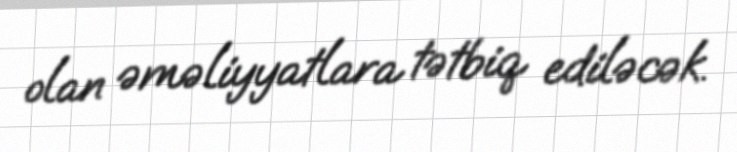
olan əməliyyatlara tətbiq ediləcək.